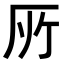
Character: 𠩄